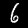
Digit: 6